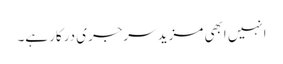
انہیں ابھی مزید سرجری درکار ہے۔